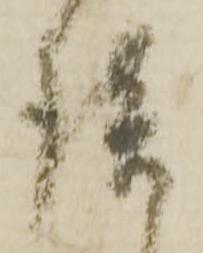
談